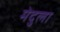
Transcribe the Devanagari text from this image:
मेदुला